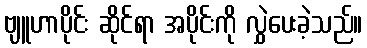
ဗျူဟာပိုင်း ဆိုင်ရာ အပိုင်းကို လွှဲပေးခဲ့သည်။